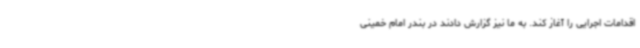
اقدامات اجرایی را آغاز کند. به ما نیز گزارش دادند در بندر امام خمینی